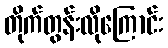
တိုက်တွန်းလိုကြောင်း